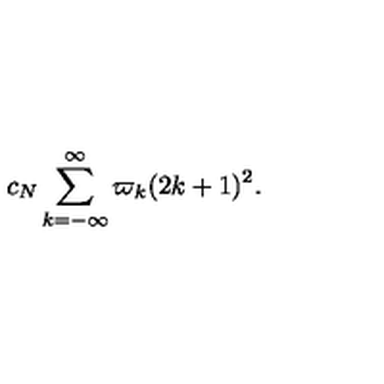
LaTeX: c _ { N } \sum _ { k = - \infty } ^ { \infty } \varpi _ { k } ( 2 k + 1 ) ^ { 2 } .